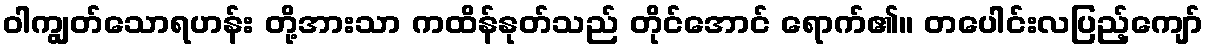
ဝါကျွတ်သောရဟန်း တို့အားသာ ကထိန်နုတ်သည် တိုင်အောင် ရောက်၏။ တပေါင်းလပြည့်ကျော်